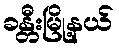
ခန္တီးမြို့နယ်